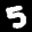
Label: 5